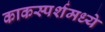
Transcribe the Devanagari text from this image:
काकस्पर्शमध्ये